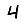
Digit: 4